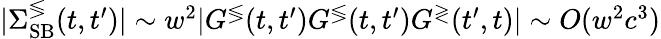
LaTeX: \begin{array}{r}{|\Sigma_{\mathrm{SB}}^{\lessgtr}(t,t^{\prime})|\sim w^{2}|G^{\lessgtr}(t,t^{\prime})G^{\lessgtr}(t,t^{\prime})G^{\gtrless}(t^{\prime},t)|\sim O(w^{2}c^{3})}\end{array}